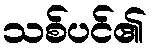
သစ်ပင်၏